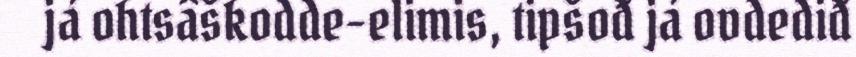
já ohtsâškodde-elimis, tipšođ já ovdediđ